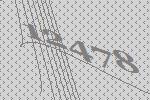
12478